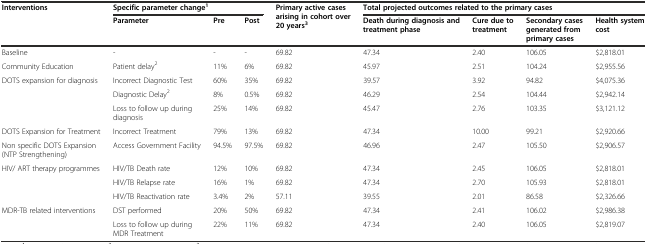
<table><thead><tr><td><b>Interventions</b></td><td colspan="3"><b>Specific parameter change<sup>1</sup></b></td><td rowspan="2"><b>Primary active cases arising in cohort over 20 years<sup>3</sup></b></td><td colspan="4"><b>Total projected outcomes related to the primary cases</b></td></tr><tr><td>[EMPTY_CELL]</td><td><b>Parameter</b></td><td><b>Pre</b></td><td><b>Post</b></td><td><b>Death during diagnosis and treatment phase</b></td><td><b>Cure due to treatment</b></td><td><b>Secondary cases generated from primary cases</b></td><td><b>Health system cost</b></td></tr></thead><tbody><tr><td>Baseline</td><td>-</td><td>-</td><td>-</td><td>69.82</td><td>47.34</td><td>2.40</td><td>106.05</td><td>$2,818.01</td></tr><tr><td>Community Education</td><td>Patient delay<sup>2</sup></td><td>11%</td><td>6%</td><td>69.82</td><td>45.97</td><td>2.51</td><td>104.24</td><td>$2,955.56</td></tr><tr><td rowspan="3">DOTS expansion for diagnosis</td><td>Incorrect Diagnostic Test</td><td>60%</td><td>35%</td><td>69.82</td><td>39.57</td><td>3.92</td><td>94.82</td><td>$4,075.36</td></tr><tr><td>Diagnostic Delay<sup>2</sup></td><td>8%</td><td>0.5%</td><td>69.82</td><td>46.29</td><td>2.54</td><td>104.44</td><td>$2,942.14</td></tr><tr><td>Loss to follow up during diagnosis</td><td>25%</td><td>14%</td><td>69.82</td><td>45.47</td><td>2.76</td><td>103.35</td><td>$3,121.12</td></tr><tr><td>DOTS Expansion for Treatment</td><td>Incorrect Treatment</td><td>79%</td><td>13%</td><td>69.82</td><td>47.34</td><td>10.00</td><td>99.21</td><td>$2,920.66</td></tr><tr><td>Non specific DOTS Expansion (NTP Strengthening)</td><td>Access Government Facility</td><td>94.5%</td><td>97.5%</td><td>69.82</td><td>46.96</td><td>2.47</td><td>105.50</td><td>$2,906.57</td></tr><tr><td rowspan="3">HIV/ ART therapy programmes</td><td>HIV/TB Death rate</td><td>12%</td><td>10%</td><td>69.82</td><td>47.34</td><td>2.45</td><td>106.05</td><td>$2,818.01</td></tr><tr><td>HIV/TB Relapse rate</td><td>16%</td><td>1%</td><td>69.82</td><td>47.34</td><td>2.70</td><td>105.93</td><td>$2,818.01</td></tr><tr><td>HIV/TB Reactivation rate</td><td>3.4%</td><td>2%</td><td>57.11</td><td>39.55</td><td>2.01</td><td>86.58</td><td>$2,326.66</td></tr><tr><td rowspan="2">MDR-TB related interventions</td><td>DST performed</td><td>20%</td><td>50%</td><td>69.82</td><td>47.34</td><td>2.41</td><td>106.02</td><td>$2,986.38</td></tr><tr><td>Loss to follow up during MDR Treatment</td><td>22%</td><td>11%</td><td>69.82</td><td>47.34</td><td>2.40</td><td>106.05</td><td>$2,819.07</td></tr></tbody></table>